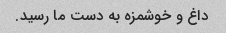
داغ و خوشمزه به دست ما رسید.